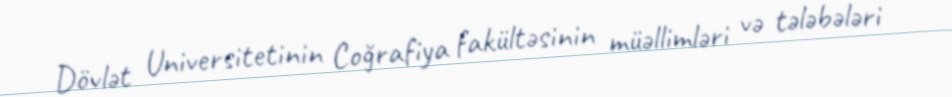
Dövlət Universitetinin Coğrafiya fakültəsinin müəllimləri və tələbələri